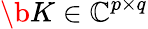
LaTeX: \b{K}\in\mathbb{C}^{p\times q}